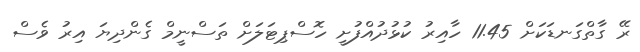
ރޭ ގާތްގަނޑަކަށް 11.45 ހާއިރު ކުޅުދުއްފުށީ ހޮސްޕިޓަލަށް ތަސްނީމް ގެންދިޔަ އިރު ވެސް